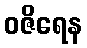
ဝဇိရေန